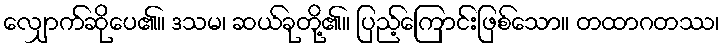
လျှောက်ဆိုပေ၏။ ဒသမ၊ ဆယ်ခုတို့၏။ ပြည့်ကြောင်းဖြစ်သော။ တထာဂတဿ၊